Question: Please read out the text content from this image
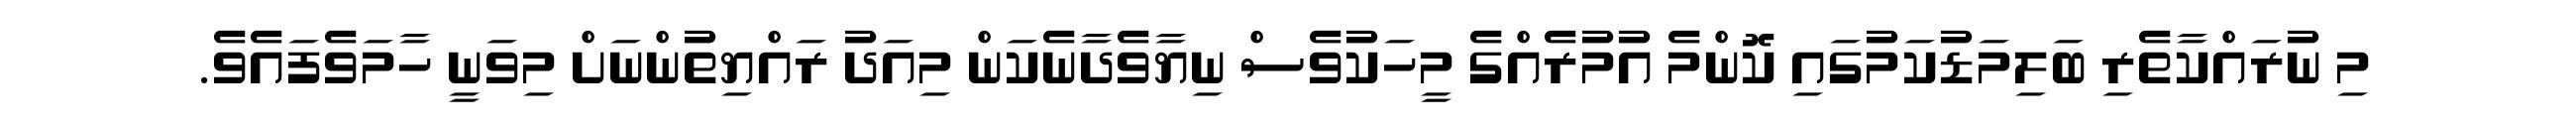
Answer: މި ނުރައްކާތެރި ބަލިމަޑުކަމުގައި ކޮންމެ އުމުރެއްގެ މީހަކުވެސް ނިޔާވެދާނެކަން މިއަދު ރައްޔިތުންނަށް މިވަނީ ހާމަވެފައެވެ.